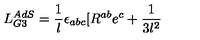
L _ { G 3 } ^ { A d S } = \frac { 1 } { l } \epsilon _ { a b c } [ R ^ { a b } e ^ { c } + \frac { 1 } { 3 l ^ { 2 } }